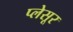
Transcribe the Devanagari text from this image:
प्लेसूर